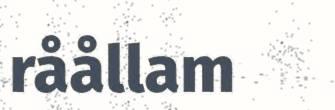
råållam